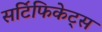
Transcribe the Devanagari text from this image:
सटि॔फिकेट्स